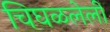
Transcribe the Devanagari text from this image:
चिघळलेली